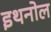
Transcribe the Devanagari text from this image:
इथनोल